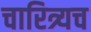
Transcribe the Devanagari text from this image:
चारित्र्यच